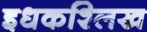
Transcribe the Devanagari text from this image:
इधकश्लिख